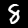
Label: 8